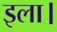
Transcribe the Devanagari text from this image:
इला।